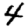
Digit: 4